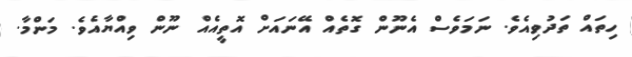
ހިތައް ތަދުވިއެވެ. ނަމަވެސް އެނޫން ގޮތެއް އޭނައަށް އޮތީއެއް ނޫން ވިއްޔާއެވެ. މަންމާ.